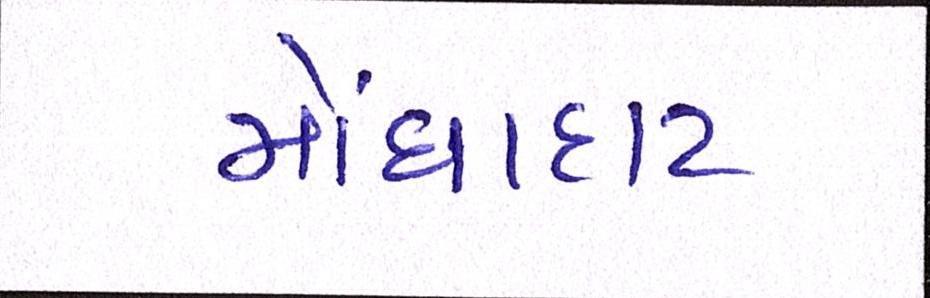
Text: મોંઘાદાટ